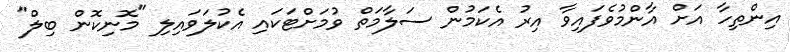
އިންތިހާ އަށް އާންމުވެފައިވާ އިރު އެކަމުން ސަލާމަތް ވުމަށްޓަކައި އެކުލަވައިލި "މޮނިކޮން ބިލް"